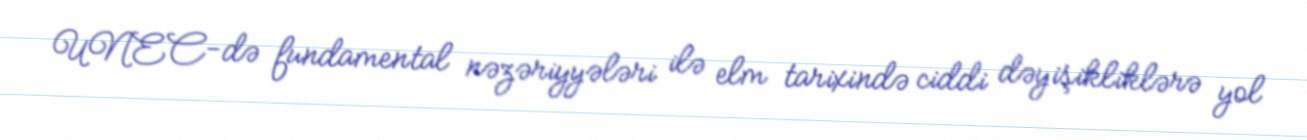
UNEC-də fundamental nəzəriyyələri ilə elm tarixində ciddi dəyişikliklərə yol